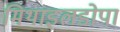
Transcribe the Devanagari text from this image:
मिथाइलडोपा